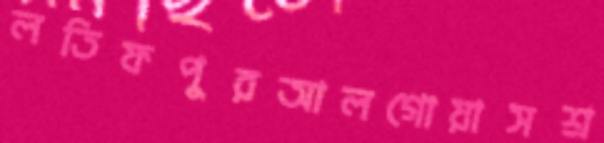
লতিফপুরআলগোয়াসশ্র